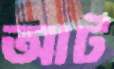
আট